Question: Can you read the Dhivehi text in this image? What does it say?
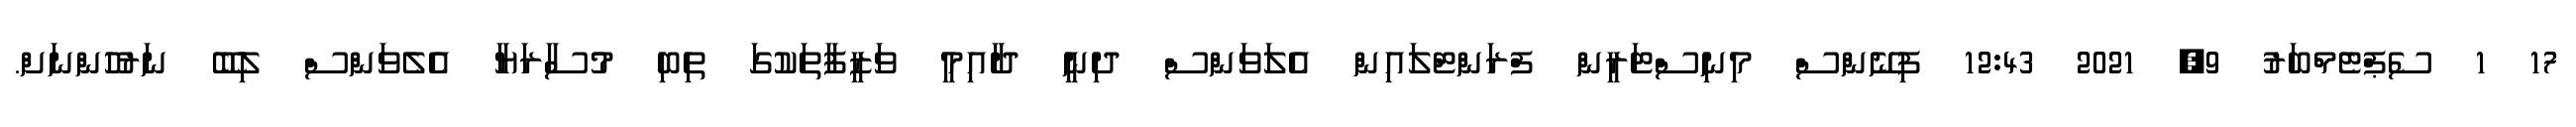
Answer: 17 1 ސެޕްޓެމްބަރު 9, 2021 12:43 ފިނޭންސް މިނިސްޓަރީން ފްރަންޓްލައިން އެލަވަންސް ދިނީ ދާއިމީ ވަޒީފާތަކުގަ ތިބި މުސާރަޔާ އެލެވަންސް ލިބޭ ނަރުހުންނަށް.